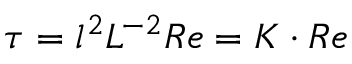
{ \tau = l ^ { 2 } L ^ { - 2 } R e = K \cdot R e }